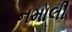
નમાલી